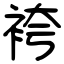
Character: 袴